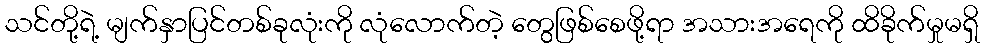
သင်တို့ရဲ့ မျက်နှာပြင်တစ်ခုလုံးကို လုံလောက်တဲ့ တွေဖြစ်စေဖို့ရာ အသားအရေကို ထိခိုက်မှုမရှိ